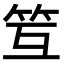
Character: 䇘